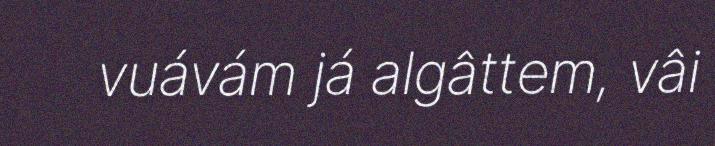
vuávám já algâttem, vâi